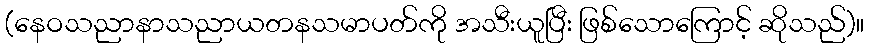
(နေဝသညာနာသညာယတနသမာပတ်ကို အသီးယူပြီး ဖြစ်သောကြောင့် ဆိုသည်)။